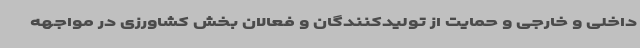
داخلی و خارجی و حمایت از تولیدکنندگان و فعالان بخش کشاورزی در مواجهه